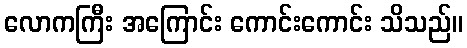
လောကကြီး အကြောင်း ကောင်းကောင်း သိသည်။